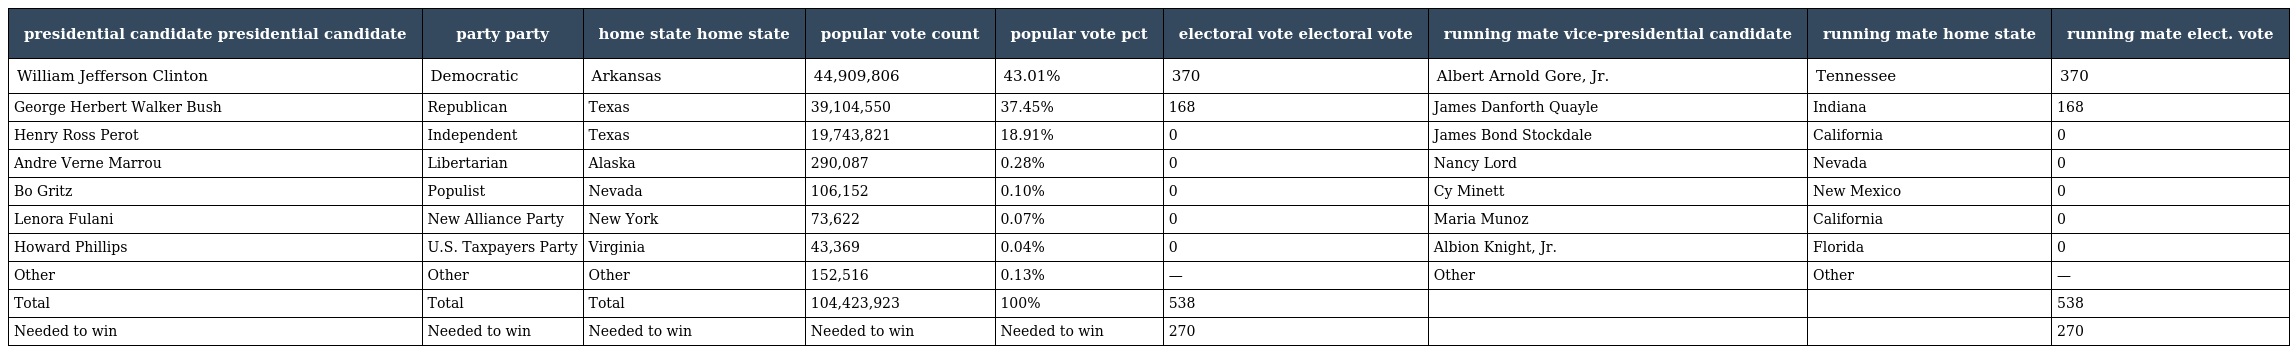
| presidential candidate presidential candidate | party party | home state home state | popular vote count | popular vote pct | electoral vote electoral vote | running mate vice-presidential candidate | running mate home state | running mate elect. vote |
 | --- | --- | --- | --- | --- | --- | --- | --- | --- |
 | William Jefferson Clinton | Democratic | Arkansas | 44,909,806 | 43.01% | 370 | Albert Arnold Gore, Jr. | Tennessee | 370 |
 | George Herbert Walker Bush | Republican | Texas | 39,104,550 | 37.45% | 168 | James Danforth Quayle | Indiana | 168 |
 | Henry Ross Perot | Independent | Texas | 19,743,821 | 18.91% | 0 | James Bond Stockdale | California | 0 |
 | Andre Verne Marrou | Libertarian | Alaska | 290,087 | 0.28% | 0 | Nancy Lord | Nevada | 0 |
 | Bo Gritz | Populist | Nevada | 106,152 | 0.10% | 0 | Cy Minett | New Mexico | 0 |
 | Lenora Fulani | New Alliance Party | New York | 73,622 | 0.07% | 0 | Maria Munoz | California | 0 |
 | Howard Phillips | U.S. Taxpayers Party | Virginia | 43,369 | 0.04% | 0 | Albion Knight, Jr. | Florida | 0 |
 | Other | Other | Other | 152,516 | 0.13% | — | Other | Other | — |
 | Total | Total | Total | 104,423,923 | 100% | 538 |  |  | 538 |
 | Needed to win | Needed to win | Needed to win | Needed to win | Needed to win | 270 |  |  | 270 |